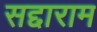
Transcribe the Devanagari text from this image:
सद्दाराम